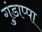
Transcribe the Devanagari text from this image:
गुंडाप्पा